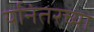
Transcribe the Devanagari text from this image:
र्यानंतरच्या